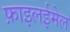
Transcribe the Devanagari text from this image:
फ़ाइलईमेल